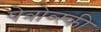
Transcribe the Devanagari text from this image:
पेत्रोव्स्की